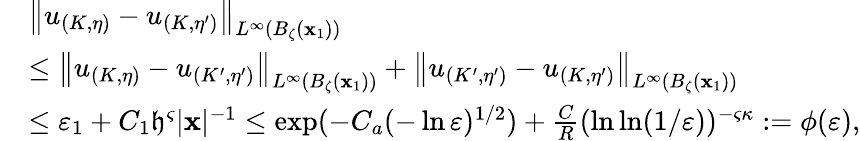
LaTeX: \begin{array}{rl}&{\left\| u_{\left(K,\eta\right)}-{u_{\left(K,\eta^{\prime}\right)}}\right\| _{L^{\infty}(B_{\zeta}(\mathbf x_{1}))}}\\ &{\leq\left\| u_{\left(K,\eta\right)}-{u_{\left(K^{\prime},\eta^{\prime}\right)}}\right\| _{L^{\infty}(B_{\zeta}(\mathbf x_{1}))}+\left\| u_{\left(K^{\prime},\eta^{\prime}\right)}-{u_{\left(K,\eta^{\prime}\right)}}\right\| _{L^{\infty}(B_{\zeta}(\mathbf x_{1}))}}\\ &{\leq\varepsilon_{1}+C_{1}\mathfrak h^{\varsigma}|\mathbf x|^{-1}\leq\exp(-C_{a}(-\ln\varepsilon)^{1/2})+{\frac{C}{R}(\ln\ln(1/\varepsilon))^{-\varsigma\kappa}}:=\phi(\varepsilon),}\end{array}